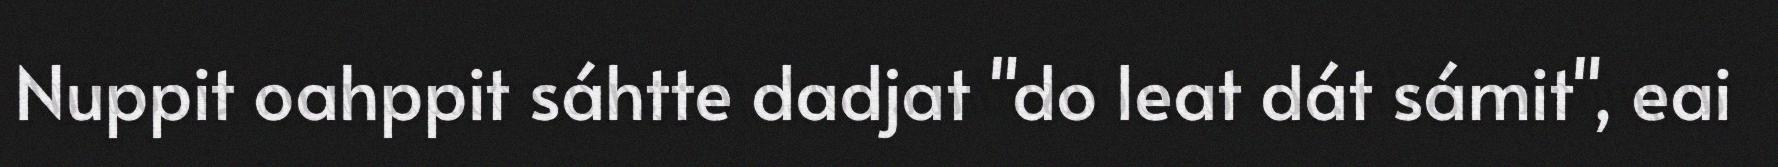
Nuppit oahppit sáhtte dadjat "do leat dát sámit", eai